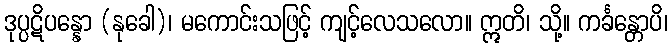
ဒုပ္ပဋိပန္နော (နုခေါ)၊ မကောင်းသဖြင့် ကျင့်လေသလော။ ဣတိ၊ သို့။ ကင်္ခန္တောပိ၊